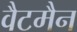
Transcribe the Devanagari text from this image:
वैटमैन